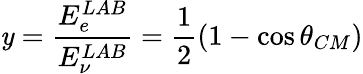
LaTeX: \mathit{y}=\frac{{E_{e}^{LAB}}}{{E_{\nu}^{LAB}}}=\frac{1}{2}\left(1-\cos\theta_{CM}\right)